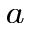
^ { a }